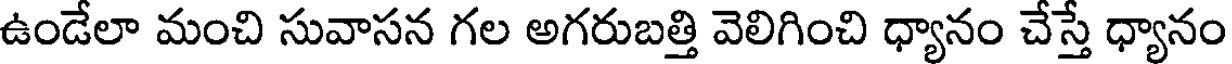
ఉండేలా మంచి సువాసన గల అగరుబత్తి వెలిగించి ధ్యానం చేస్తే ధ్యానం